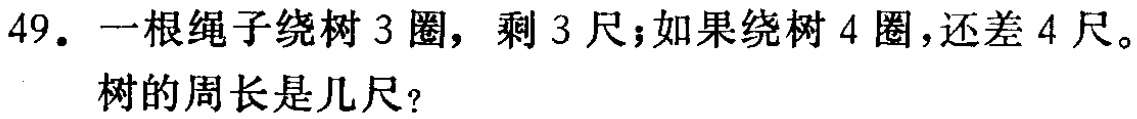
49. 一根绳子绕树 3 圈，剩 3 尺；如果绕树 4 圈，还差 4 尺。

树的周长是几尺？